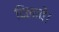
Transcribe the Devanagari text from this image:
दिलावें।